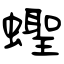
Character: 蟶